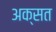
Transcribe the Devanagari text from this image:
अक्सत